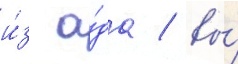
и́з а́да / вы́